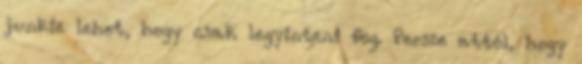
junkie lehet, hogy csak legyinteni fog. Persze attól, hogy